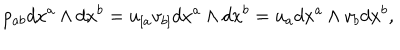
LaTeX: p _ { a b } d x ^ { a } \wedge d x ^ { b } = u _ { [ a } v _ { b ] } d x ^ { a } \wedge d x ^ { b } = u _ { a } d x ^ { a } \wedge v _ { b } d x ^ { b } ,